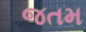
જતમ